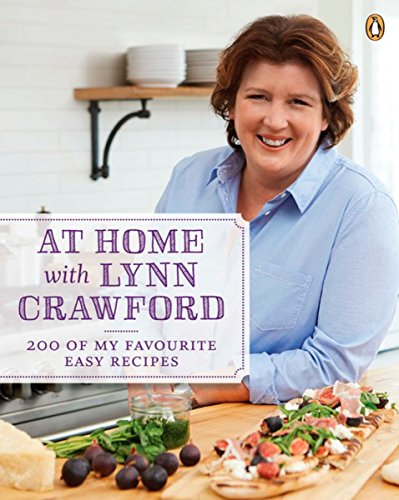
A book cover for At Home with Lynn Crawford: 200 Of My Favourite Easy Recipes; Lynn Crawford; Cookbooks, Food & Wine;